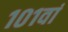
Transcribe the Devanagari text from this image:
१०१वां